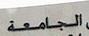
الجامعة